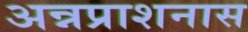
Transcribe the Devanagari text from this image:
अन्नप्राशनास